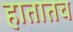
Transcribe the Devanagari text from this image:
हातातच